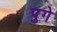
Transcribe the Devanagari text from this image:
पुगे